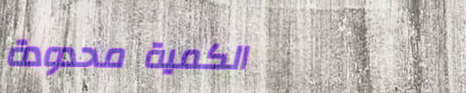
الكمية محدودة